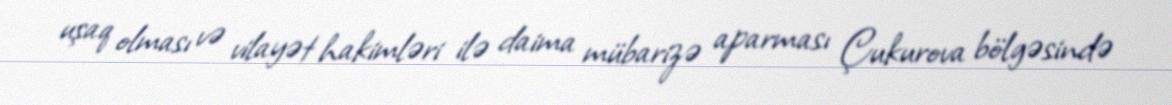
uşaq olması və vilayət hakimləri ilə daima mübarizə aparması Çukurova bölgəsində